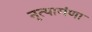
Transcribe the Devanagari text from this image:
नृत्यागंणा